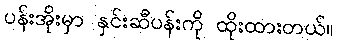
ပန်းအိုးမှာ နှင်းဆီပန်းကို ထိုးထားတယ်။